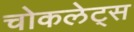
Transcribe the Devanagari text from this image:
चोकलेट्स